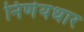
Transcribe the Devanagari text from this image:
निर्णयधार